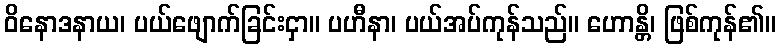
ဝိနောဒနာယ၊ ပယ်ဖျောက်ခြင်းငှာ။ ပဟီနာ၊ ပယ်အပ်ကုန်သည်။ ဟောန္တိ၊ ဖြစ်ကုန်၏။